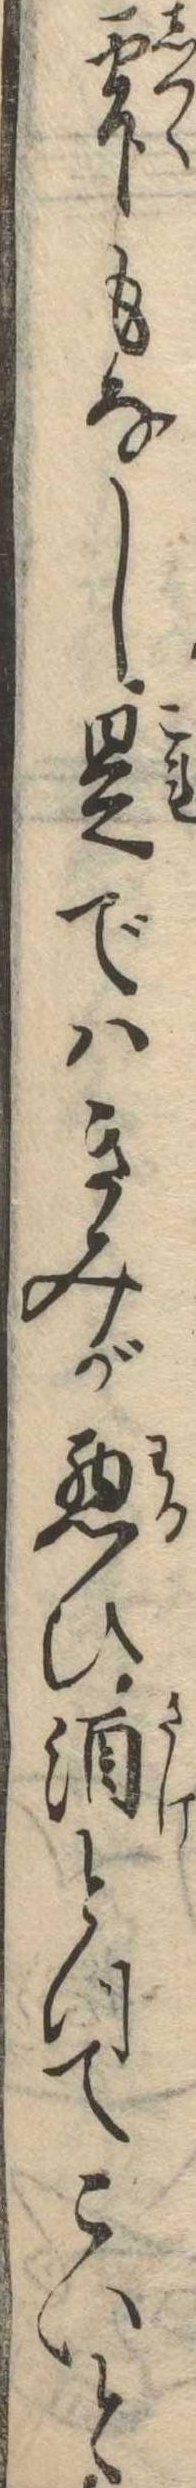
雫もなし是ではきみが悪ひ酒とつてこいと